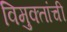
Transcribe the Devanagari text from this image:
विमुक्तांची